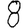
Digit: 8